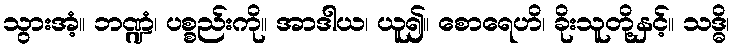
သွားအံ့။ ဘဏ္ဍံ၊ ပစ္စည်းကို။ အာဒါယ၊ ယူ၍။ စောရေဟိ၊ ခိုးသူတို့နှင့်။ သဒ္ဓိ၊